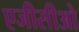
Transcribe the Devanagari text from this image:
एजीसीओ